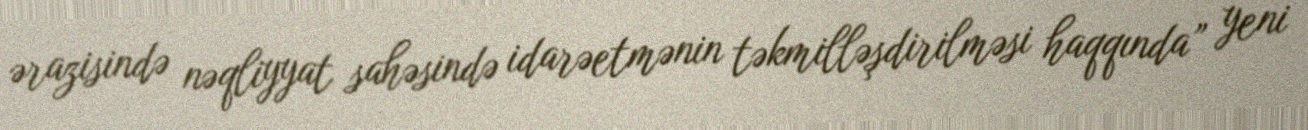
ərazisində nəqliyyat sahəsində idarəetmənin təkmilləşdirilməsi haqqında” yeni